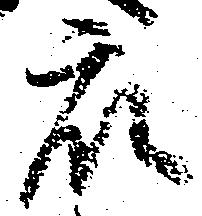
衆